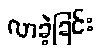
လာခဲ့ခြင်း